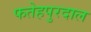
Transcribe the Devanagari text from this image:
फतेहपुरदाल